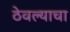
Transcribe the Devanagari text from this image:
ठेवल्याचा